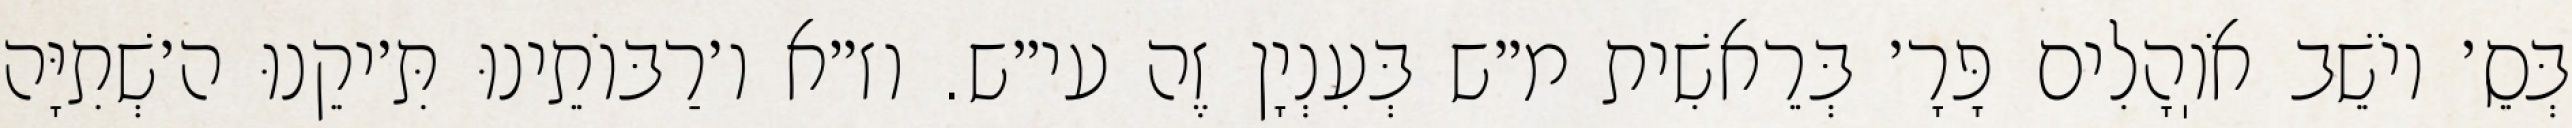
בְּסֵ׳ יוֹשֵׁב אֹוֽהָלִים פָּרָ׳ בְּרֵאשִׁית מ״ש בְּעִנְיָן זֶה עי״ש. וז״א ו׳רַבּוֹתֵינוּ תִּ׳יקֵנוּ ה׳שְׁתִיָּה